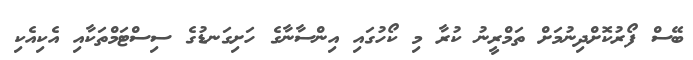
ބޭސް ފޯރުކޮށްދިނުމަށް ތަމްރީނު ކުރާ މި ކޯހުގައި އިންސާނާގެ ހަށިގަނޑުގެ ސިސްޓަމްތަކާއި އެކިއެކި